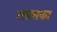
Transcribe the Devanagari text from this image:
स्लासका